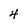
Character: 4